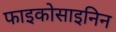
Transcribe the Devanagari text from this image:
फाइकोसाइनिन